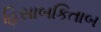
હિસાબકિતાબ